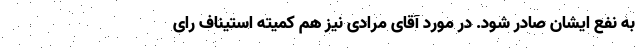
به نفع ایشان صادر شود. در مورد آقای مرادی نیز هم کمیته استیناف رای